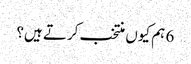
6 ہم کیوں منتخب کرتے ہیں؟